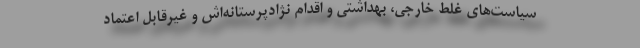
سیاست‌های غلط خارجی‌، بهداشتی و اقدام نژادپرستانه‌اش و غیرقابل اعتماد